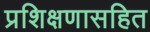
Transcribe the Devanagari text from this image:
प्रशिक्षणासहित